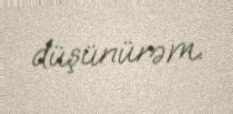
düşünürəm.